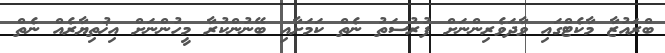
ބްރައުޒާ މާކެޓްގައި ވާދަވެރިންނަށް ފުރުސަތު ނެތް ކަމަށާއި ބޭނުންކުރާ މީހުންނަށް އިޚުތިޔާރެއް ނެތް